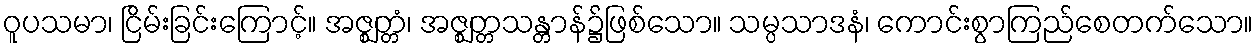
ဝူပသမာ၊ ငြိမ်းခြင်းကြောင့်။ အဇ္ဈတ္တံ၊ အဇ္ဈတ္တသန္တာန်၌ဖြစ်သော။ သမ္ပသာဒနံ၊ ကောင်းစွာကြည်စေတက်သော။